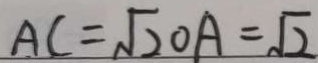
A C = \sqrt { 2 } O A = \sqrt { 2 }